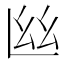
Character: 𢆸